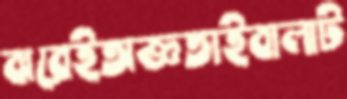
ঝরেইঅজ্ঞতাইবালাট